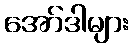
အော်ဒါများ